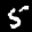
Label: 5